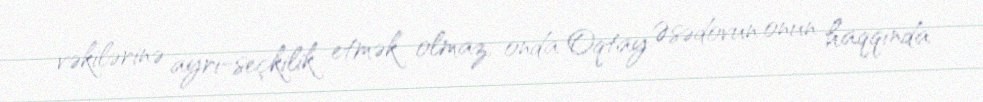
vəkilərinə ayrı-seçkilik etmək olmaz, onda Oqtay Əsədovun onun haqqında